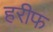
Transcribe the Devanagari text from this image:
हरीफ